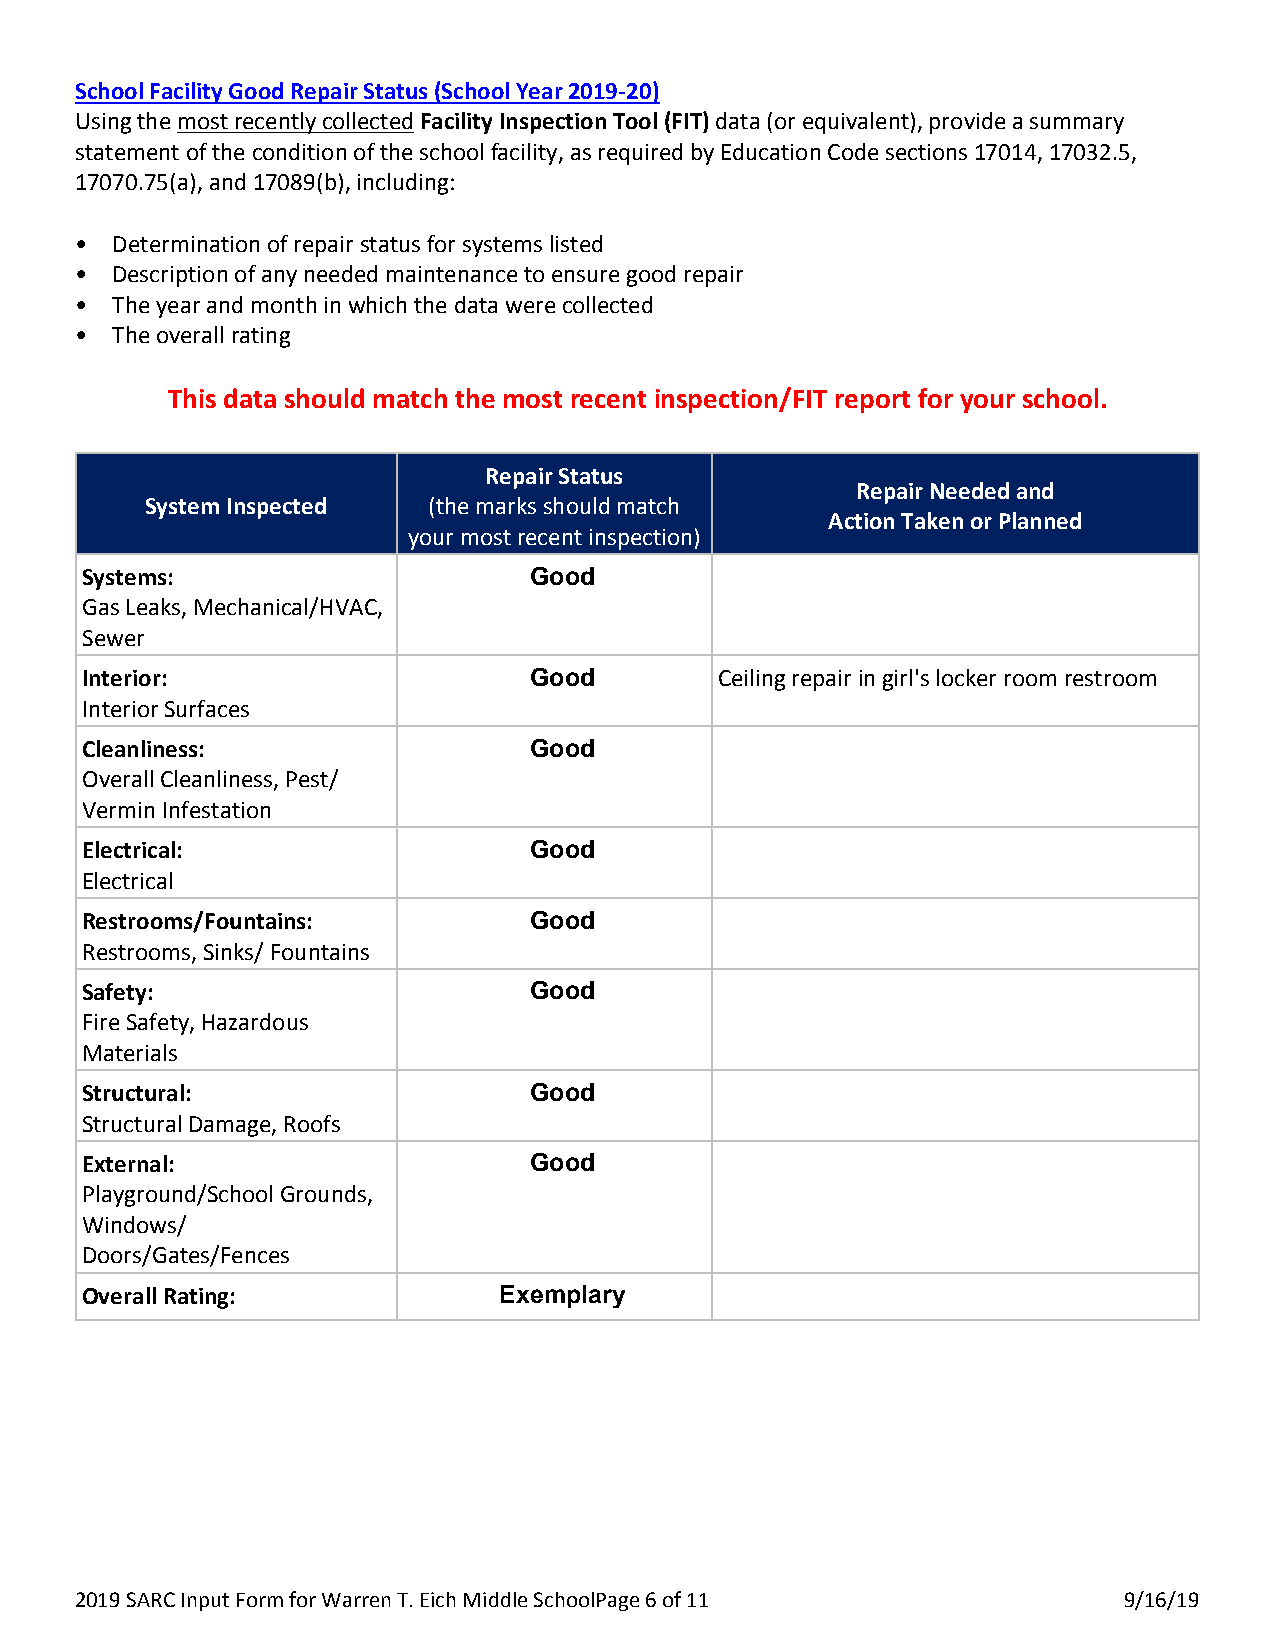
School Facility Good Repair Status (School Year 2019-20)
 Using the most recently collected Facility Inspection Tool (FIT) data (or equivalent), provide a summary
 statement of the condition of the school facility, as required by Education Code sections 17014, 17032.5,
 17070.75(a), and 17089(b), including:
 • Determination of repair status for systems listed
 • Description of any needed maintenance to ensure good repair
 • The year and month in which the data were collected
 • The overall rating
 This data should match the most recent inspection/FIT report for your school.
 Repair Status
 Repair Needed and
 System Inspected  (the marks should match
 Action Taken or Planned
 your most recent inspection)
 Systems:                     XGood
 Gas Leaks, Mechanical/HVAC,
 Sewer
 Interior:                    XGood         Ceiling repair in girl's locker room restroom
 Interior Surfaces
 Cleanliness:                 XGood
 Overall Cleanliness, Pest/
 Vermin Infestation
 Electrical:                  XGood
 Electrical
 Restrooms/Fountains:         XGood
 Restrooms, Sinks/ Fountains
 Safety:                      XGood
 Fire Safety, Hazardous
 Materials
 Structural:                  XGood
 Structural Damage, Roofs
 External:                    XGood
 Playground/School Grounds,
 Windows/
 Doors/Gates/Fences
 Overall Rating:            XExemplary
 2019 SARC Input Form for Warren T. Eich Middle SchoolP age 6 of 11   9/16/19